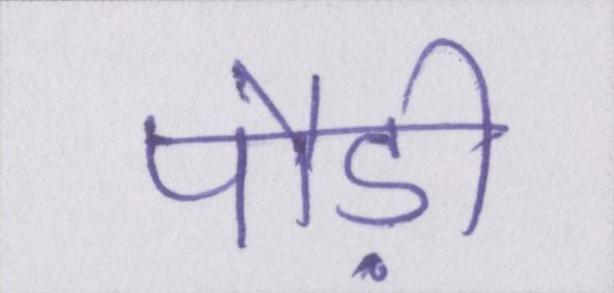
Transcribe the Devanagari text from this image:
पौड़ी